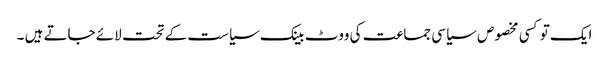
ایک تو کسی مخصوص سیاسی جماعت کی ووٹ بینک سیاست کے تحت لائے جاتے ہیں ۔